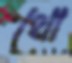
থো